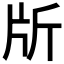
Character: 𣂔